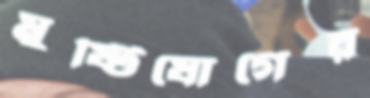
মুষ্টিযোগের